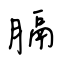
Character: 膈